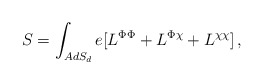
\begin{align*}S=\int_{AdS_d} e [L^{\Phi\Phi}+L^{\Phi\chi}+L^{\chi\chi} ]\,,\end{align*}